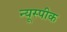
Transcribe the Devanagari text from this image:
न्यूस्पीक